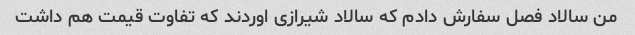
من سالاد فصل سفارش دادم که سالاد شیرازی اوردند که تفاوت قیمت هم داشت